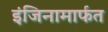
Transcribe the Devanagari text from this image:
इंजिनामार्फत